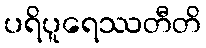
ပရိပူရေဿတီတိ